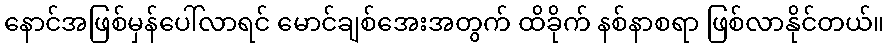
နောင်အဖြစ်မှန်ပေါ်လာရင် မောင်ချစ်အေးအတွက် ထိခိုက် နစ်နာစရာ ဖြစ်လာနိုင်တယ်။